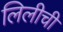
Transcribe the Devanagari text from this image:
लिलीची